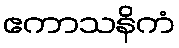
ဧကာသနိကံ